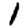
Digit: 1